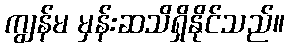
ကျွန်မ မှန်းဆသိရှိနိုင်သည်။